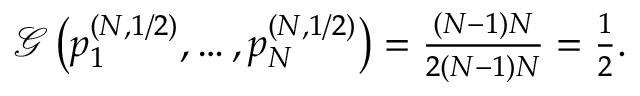
\begin{array} { r } { \mathcal { G } \left( p _ { 1 } ^ { ( N , 1 / 2 ) } , \dots , p _ { N } ^ { ( N , 1 / 2 ) } \right) = \frac { ( N - 1 ) N } { 2 ( N - 1 ) N } = \frac { 1 } { 2 } . } \end{array}